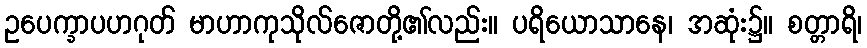
ဥပေက္ခာပဟဂုတ် မာဟာကုသိုလ်ဇောတို့၏လည်း။ ပရိယောသာနေ၊ အဆုံး၌။ စတ္တာရိ၊